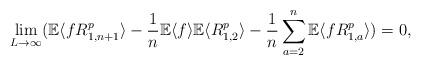
LaTeX: \begin{align*}\lim_{L \to \infty} ( \mathbb{E} \langle f R_{1, n+1}^p \rangle - \frac{1}{n} \mathbb{E} \langle f \rangle \mathbb{E} \langle R_{1,2}^p \rangle - \frac{1}{n} \sum_{a=2}^n \mathbb{E} \langle f R_{1,a} ^p\rangle )= 0,\end{align*}